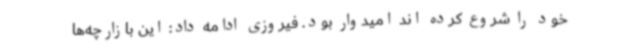
خود را شروع کرده اند امیدوار بود. فیروزی ادامه داد: این بازارچه‌ها